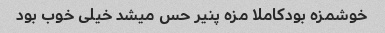
خوشمزه بودکاملا مزه پنیر حس میشد خیلی خوب بود